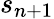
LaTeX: s_{n+1}